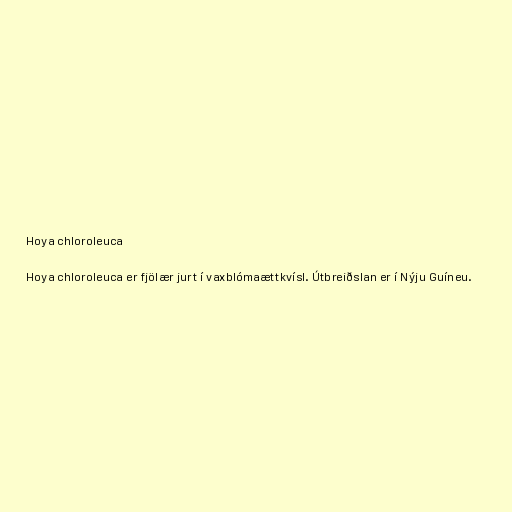
Hoya chloroleuca

Hoya chloroleuca er fjölær jurt í vaxblómaættkvísl. Útbreiðslan er í Nýju Guíneu.